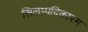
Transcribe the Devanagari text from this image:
सिलप्पदिकारम